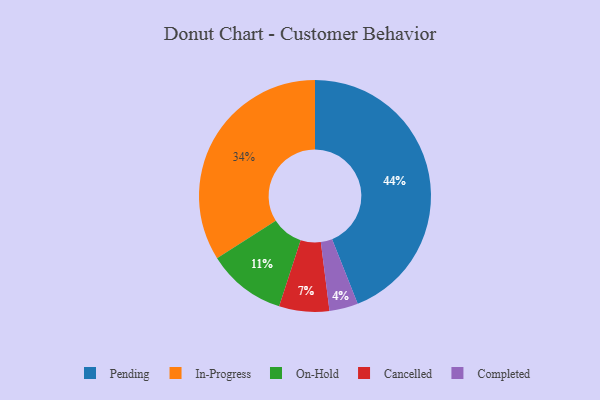
{"axis": {"x": "Category", "y": "Percentage"}, "legend": ["Cancelled", "Completed", "In-Progress", "On-Hold", "Pending"], "data": [{"x": "In-Progress", "y": 34, "type": "In-Progress"}, {"x": "Pending", "y": 44, "type": "Pending"}, {"x": "Completed", "y": 4, "type": "Completed"}, {"x": "Cancelled", "y": 7, "type": "Cancelled"}, {"x": "On-Hold", "y": 11, "type": "On-Hold"}]}